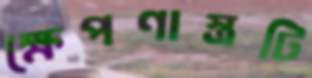
ক্ষেপণাস্ত্রটি